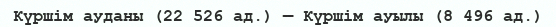
Күршім ауданы (22 526 ад.) — Күршім ауылы (8 496 ад.)